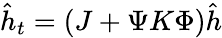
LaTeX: \hat{h}_{t}=(J+\Psi K\Phi)\hat{h}